Veterinary regulations India, 1935 -
Year: 1935
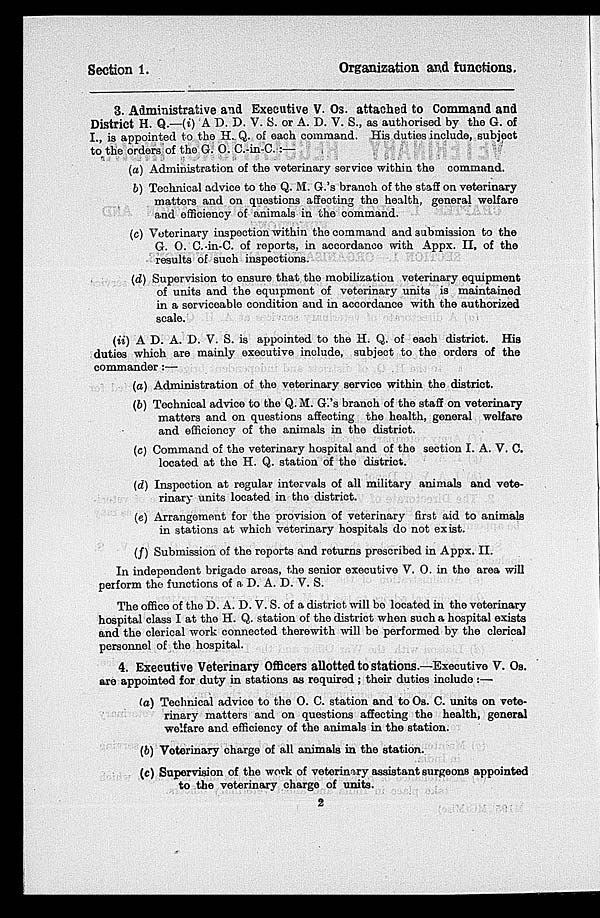
Section 1.
Organization and functions.
3. Administrative and Executive V. Os. attached to Command and
District H. Q.—(i) A D. D. V. S. or A. D. V. S., as authorised by the G. of
I., is appointed to the H. Q. of each command. His duties include, subject
to the orders of the G. O. C.-in-C.:—
(a) Administration of the veterinary service within the command.
(b) Technical advice to the Q. M. G.'s branch of the staff on veterinary
matters and on questions affecting the health, general welfare
and efficiency of animals in the command.
(c) Veterinary inspection within the command and submission to the
G. O. C.-in-C. of reports, in accordance with Appx. II, of the
results of such inspections.
(d) Supervision to ensure that the mobilization veterinary equipment
of units and the equipment of veterinary units is maintained
in a serviceable condition and in accordance with the authorized
scale.
(ii) A D. A. D. V. S. is appointed to the H. Q. of each district. His
duties which are mainly executive include, subject to the orders of the
commander:—
(a) Administration of the veterinary service within the district.
(b) Technical advice to the Q. M. G. s branch of the staff on veterinary
matters and on questions affecting the health, general welfare
and efficiency of the animals in the district.
(c) Command of the veterinary hospital and of the section I. A. V. C.
located at the H. Q. station of the district.
(d) Inspection at regular intervals of all military animals and vete-
rinary units located in the district.
(e) Arrangement for the provision of veterinary first aid to animals
in stations at which veterinary hospitals do not exist.
(f) Submission of the reports and returns proscribed in Appx. II.
In independent brigado areas, the senior executive V. O. in the area will
perform the functions of a D. A. D. V. S.
The office of the D. A. D. V. S. of a district will be located in the voterinary
hospital class I at the H. Q. station of the district when such a hospital exists
and the clerical work connected therewith will be performed by the clerical
personnel of the hospital.
4. Executive Veterinary Officers allotted to stations.—Executive V. Os.
are appointed for duty in stations as required; their duties include :—
(a) Technical advice to the O. C. station and to Os. C. units on vete-
rinary matters and on questions affecting the health, general
welfare and efficiency of the animals in the station.
(b) Veterinary charge of all animals in the station.
(c) Supervision of the work of veterinary assistant surgeons appointed
to the veterinary charge of units.
2